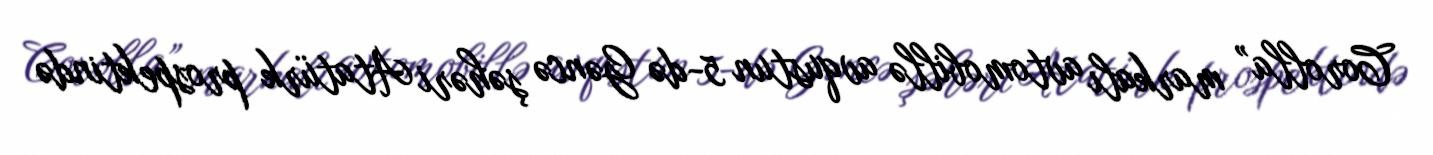
Corolla” markalı avtomobillə avqustun 5-də Gəncə şəhəri Atatürk prospektində